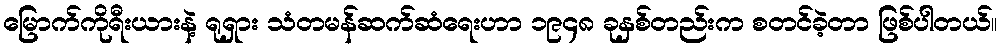
မြောက်ကိုရီးယားနဲ့ ရုရှား သံတမန်ဆက်ဆံရေးဟာ ၁၉၄၈ ခုနှစ်တည်းက စတင်ခဲ့တာ ဖြစ်ပါတယ်။